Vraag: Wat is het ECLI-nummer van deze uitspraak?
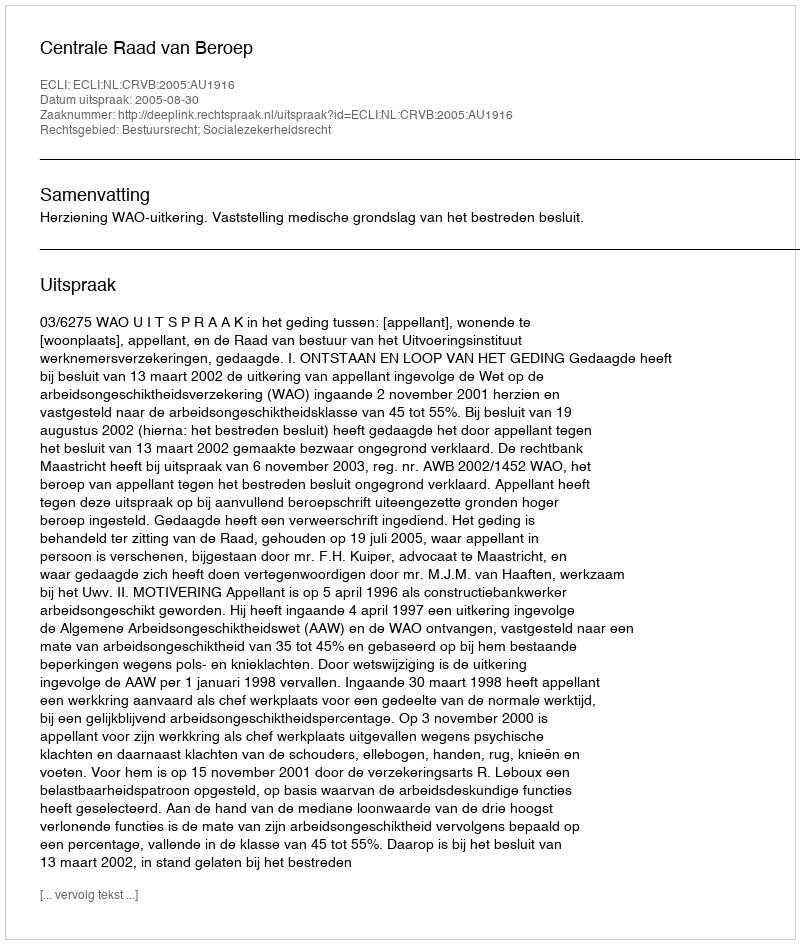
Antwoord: ECLI:NL:CRVB:2005:AU1916